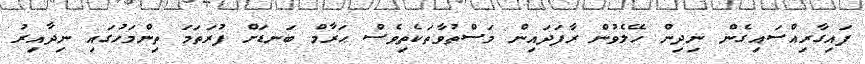
ފައިގާރިއްސައިގެން ނިދިން ހޭލެވުން ރާފަދައިން މަސްތުވާތަކެތިވެސް ޙަރާމް ބަނޑަށް ފުރަތަމަ ތިންމަހުގައި ނިދާއިރު